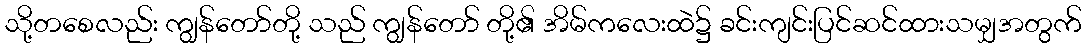
သို့တစေလည်း ကျွန်တော်တို့ သည် ကျွန်တော် တို့၏ အိမ်ကလေးထဲ၌ ခင်းကျင်းပြင်ဆင်ထားသမျှအတွက်